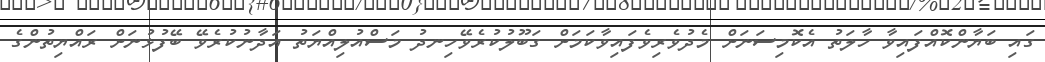
ގައި ބަޔާންކޮއްފައިވާ ހާލަތު އެކޮމިސަނަށް މެދުވެރިވެފައިވާކަމަށް ގަބޫލުކުރެވޭހިނދު މަސްއުލިއްޔަތު އަދާނުކުރެވޭ ބޭފުޅުނަށް ރައްޔިތުންގެ